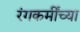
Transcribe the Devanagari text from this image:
रंगकर्मींच्या